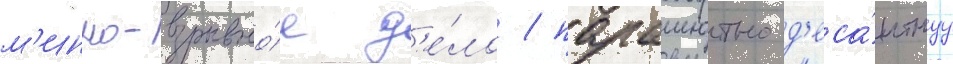
м'инно-взрывно́е д'е́ло / парашютно-д'еса́нтнуу